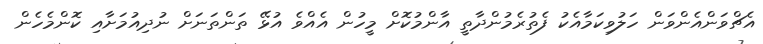
އެޗްވަންއެންވަން ހަލުވިކަމާއެކު ފެތުރެމުންދާތީ އާންމުކޮށް މީހުން އެއްވެ އުޅޭ ތަންތަނަށް ނުދިއުމަށާއި ކޮންމެހެން